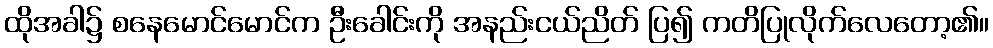
ထိုအခါ၌ စနေမောင်မောင်က ဦးခေါင်းကို အနည်းငယ်ညိတ် ပြ၍ ကတိပြုလိုက်လေတော့၏။